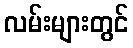
လမ်းများတွင်